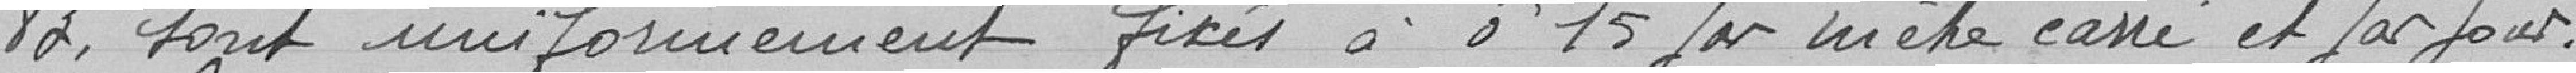
83, sont uniformément fixés à 0F15 par mètre carré et par joue.